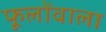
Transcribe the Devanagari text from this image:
फूलोंवाला